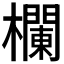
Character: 𣟬